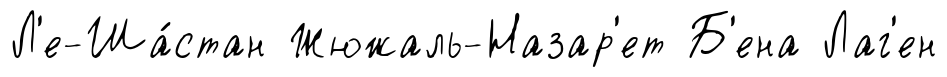
Л'е-Ша́стан Жюжаль-Назар'ет Б'ена Лаг'ен